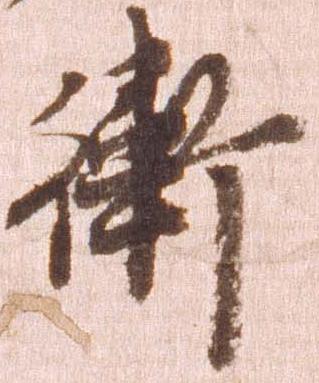
衛